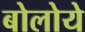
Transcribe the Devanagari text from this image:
बोलोये